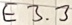
Text: E3.3